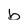
Character: b